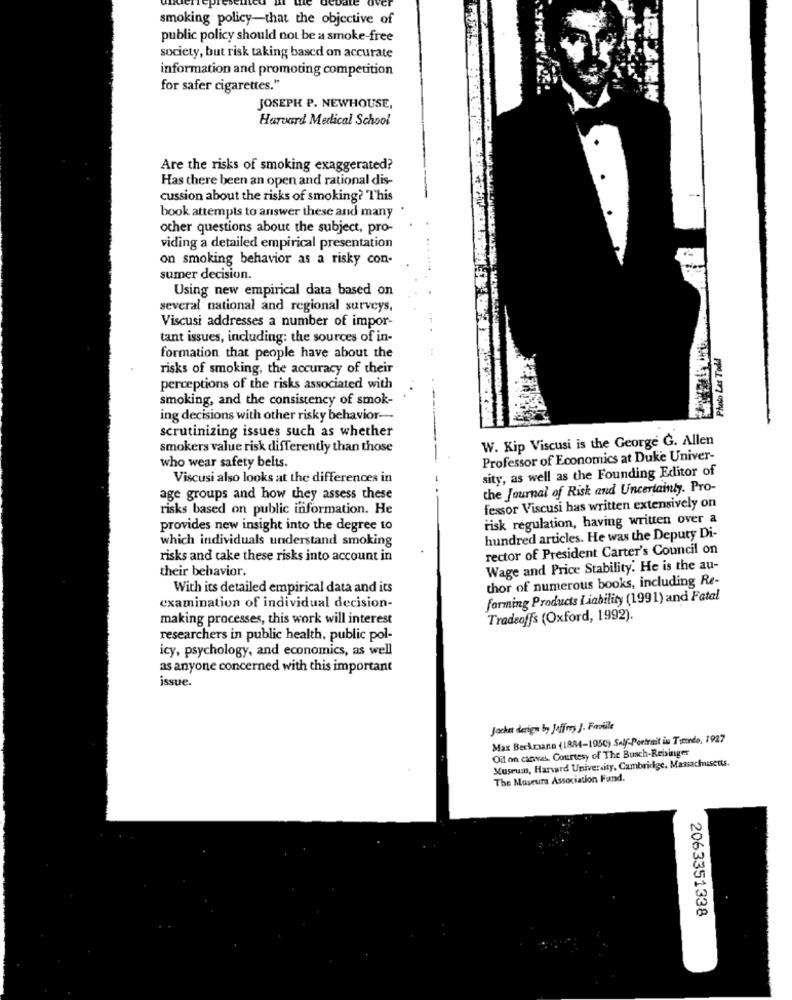
smoking policy-that the objective of
public policy should not be a smoke-free
society, but risk taking based on accurate
information and promoting competition
for safer cigarettes."
JOSEPH P. NEWHOUSE,
Harvard Medical School
Are the risks of smoking exaggerated?
Has there been an open and rational dis-
cussion about the risks of smoking? This
book attempts to answer these and many
other questions about the subject, pro-
viding a detailed empirical presentation
on smoking behavior as a risky con-
sumer decision.
Using new empirical data based on
several national and regional surveys,
Viscusi addresses a number of impor-
tant issues, including: the sources of in-
Photo Les Todd
formation that people have about the
risks of smoking, the accuracy of their
perceptions of the risks associated with
smoking, and the consistency of smok-
ing decisions with other risky behavior-
scrutinizing issues such as whether
W. Kip Viscusi is the George G. Allen
smokers value risk differently than those
who wear safety belts.
Professor of Economics at Duke Univer-
sity, as well as the Founding Editor of
Viscusi also looks at the differences in
the Journal of Risk and Uncertainty. Pro-
age groups and how they assess these
risks based on public information. He
fessor Viscusi has written extensively on
risk regulation, having written over a
provides new insight into the degree to
which individuals understand smoking
hundred articles. He was the Deputy Di-
rector of President Carter's Council on
risks and take these risks into account in
their behavior.
Wage and Price Stability. He is the au-
thor of numerous books, including Re-
With its detailed empirical data and its
farming Products Liability (1991) and Fatal
examination of individual decision-
making processes, this work will interest
Tradeoffs (Oxford, 1992).
researchers in public health, public pol-
icy, psychology, and economics, as well
as anyone concerned with this important
issue.
Jacket derign by Joffrey J. Footile
Max Beckmann (1884-195C) Self-Portrait iu Timede, 1927
Oil on canvas, Courtesy of The Busch-Reisinger
Museum, Harvard University, Cambridge, Massachusetts.
The Muveurs Association Fund.
2063351338